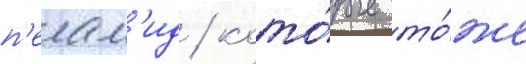
п'елам'ид / кото́рые то́же